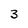
Character: 3